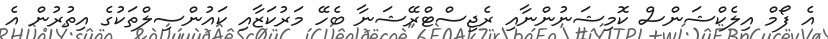
އެ ފޯމް އިލެކްޝަންސް ކޮމިޝަނުންނާއި ރެޖިސްޓްރޭޝަނާ ބެހޭ މަރުކަޒާއި ކައުންސިލްތަކުގެ އިތުރުން އެ